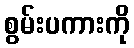
စွမ်းပကားကို